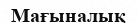
Мағыналық